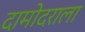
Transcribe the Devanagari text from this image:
दामोदराला